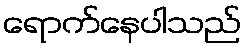
ရောက်နေပါသည်